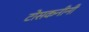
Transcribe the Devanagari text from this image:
टोसकनीनी